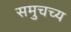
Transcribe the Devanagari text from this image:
समुचच्य